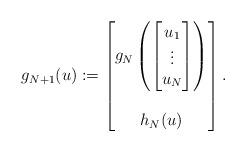
LaTeX: \begin{align*} g_{N+1}(u) := \begin{bmatrix} g_N \left( \begin{bmatrix} u_1 \\ \vdots \\ u_N \end{bmatrix} \right) \\ \\ h_N(u) \end{bmatrix}.\end{align*}